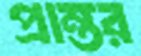
প্রান্তর